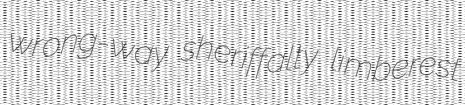
wrong-way sheriffalty limberest